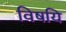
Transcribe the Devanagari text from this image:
विषयि